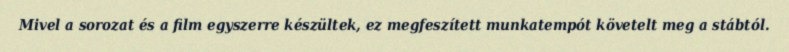
Mivel a sorozat és a film egyszerre készültek, ez megfeszített munkatempót követelt meg a stábtól.